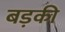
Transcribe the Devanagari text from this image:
बड़की